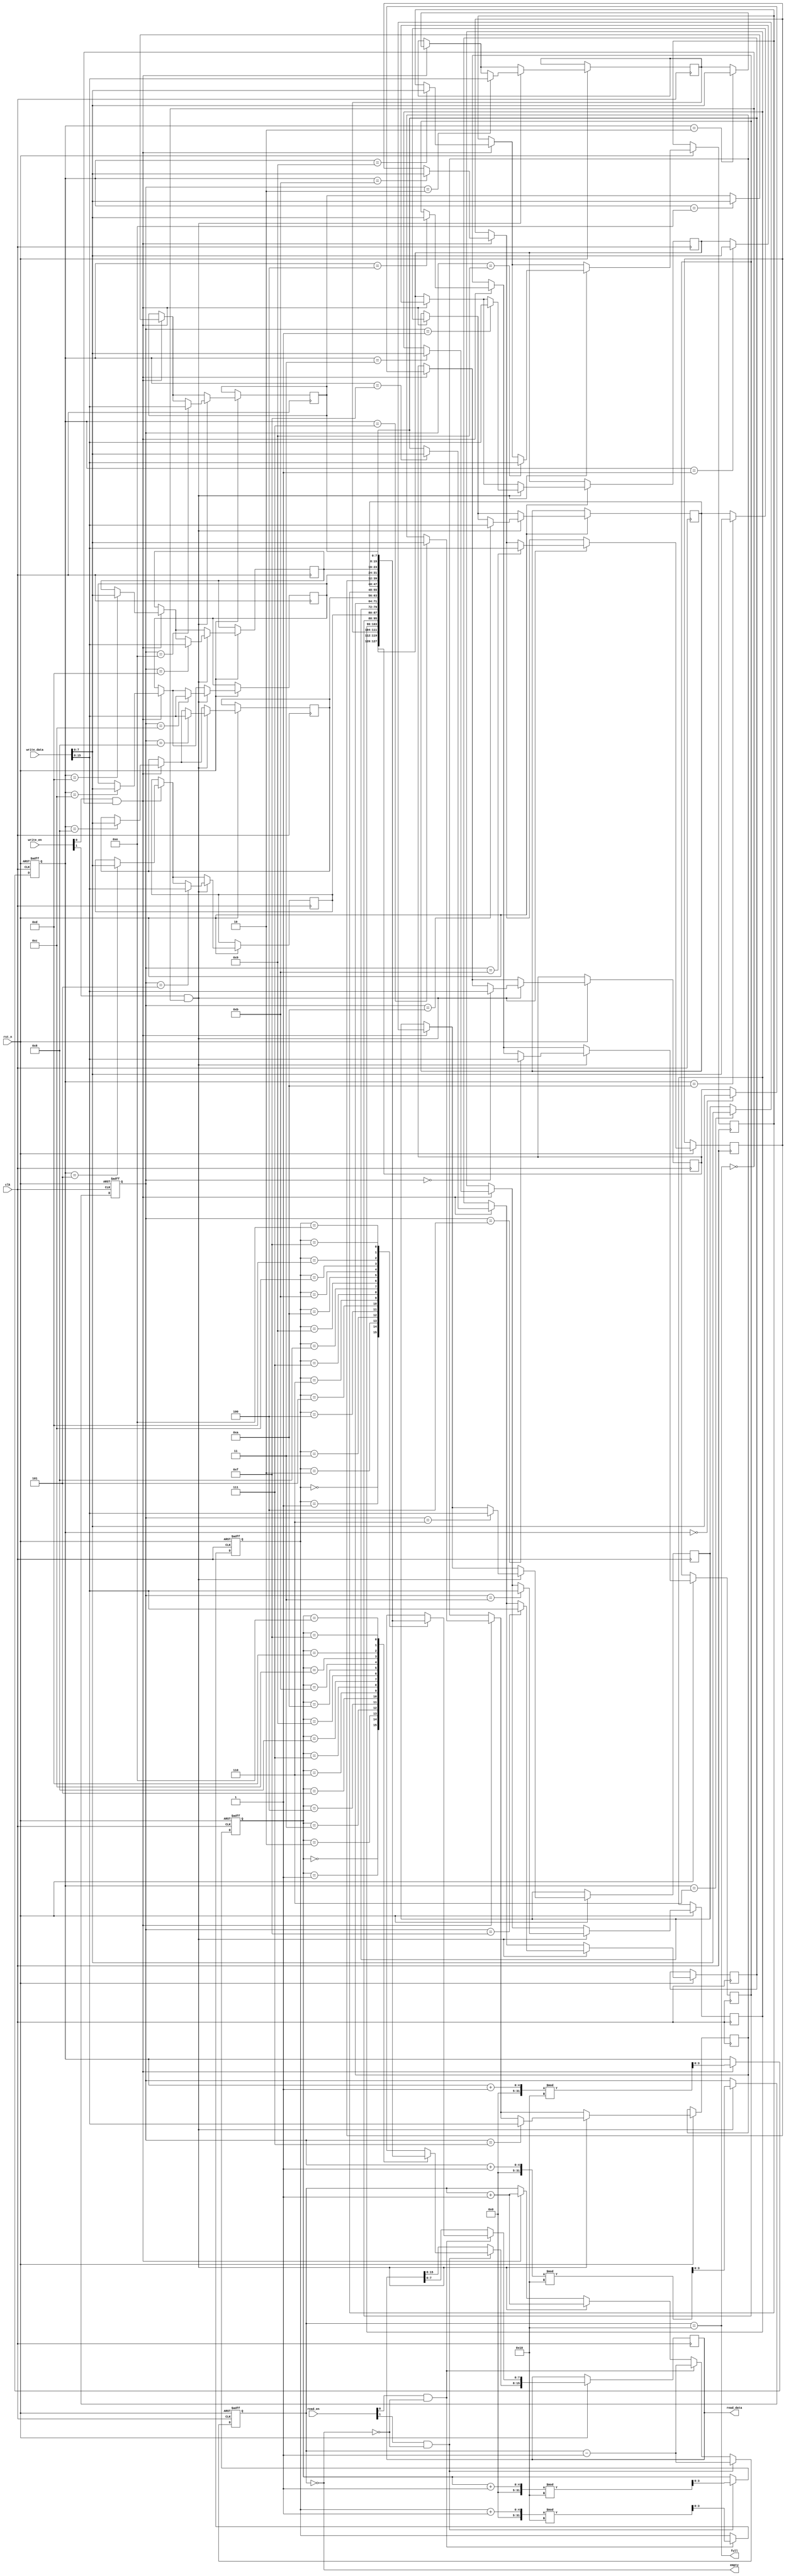
module multiport_fifo #(
    parameter DATA_WIDTH = 8,   // Configurable data width
    parameter DEPTH = 16,        // Configurable depth
    parameter NUM_WRITE_PORTS = 2, // Number of write ports
    parameter NUM_READ_PORTS = 2   // Number of read ports
) (
    input wire clk,                             // Clock input
    input wire rst_n,                           // Asynchronous reset (active low)
    
    // Write ports
    input wire [NUM_WRITE_PORTS * DATA_WIDTH - 1:0] write_data, // Data inputs for each write port
    input wire [NUM_WRITE_PORTS - 1:0] write_en,               // Write enable for each write port

    // Read ports
    output wire [NUM_READ_PORTS * DATA_WIDTH - 1:0] read_data, // Data outputs for each read port
    input wire [NUM_READ_PORTS - 1:0] read_en,                  // Read enable for each read port

    output wire full,  // Full flag
    output wire empty  // Empty flag
);

    // FIFO memory array
    reg [DATA_WIDTH - 1:0] fifo_mem [0:DEPTH - 1];

    // Write pointers for each write port
    reg [$clog2(DEPTH)-1:0] write_ptr [0:NUM_WRITE_PORTS - 1];

    // Read pointers for each read port
    reg [$clog2(DEPTH)-1:0] read_ptr [0:NUM_READ_PORTS - 1];

    // Count of the number of entries in the FIFO
    reg [$clog2(DEPTH + 1)-1:0] count;

    // Full and empty flags
    assign full = (count == DEPTH);
    assign empty = (count == 0);

    // Generate write pointers and read pointers
    integer i;
    always @(posedge clk or negedge rst_n) begin
        if (!rst_n) begin
            count <= 0;
            for (i = 0; i < NUM_WRITE_PORTS; i = i + 1) begin
                write_ptr[i] <= 0;
            end
            for (i = 0; i < NUM_READ_PORTS; i = i + 1) begin
                read_ptr[i] <= 0;
            end
        end else begin
            // Write operation
            for (i = 0; i < NUM_WRITE_PORTS; i = i + 1) begin
                if (write_en[i] && !full) begin
                    fifo_mem[write_ptr[i]] <= write_data[DATA_WIDTH * (i + 1) - 1 -: DATA_WIDTH];
                    write_ptr[i] <= (write_ptr[i] + 1) % DEPTH;
                    count <= count + 1;
                end
            end
            
            // Read operation
            for (i = 0; i < NUM_READ_PORTS; i = i + 1) begin
                if (read_en[i] && !empty) begin
                    read_data[DATA_WIDTH * (i + 1) - 1 -: DATA_WIDTH] <= fifo_mem[read_ptr[i]];
                    read_ptr[i] <= (read_ptr[i] + 1) % DEPTH;
                    count <= count - 1;
                end
            end
        end
    end

endmodule